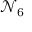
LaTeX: { \mathcal { N } } _ { 6 }